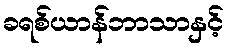
ခရစ်ယာန်ဘာသာနှင့်